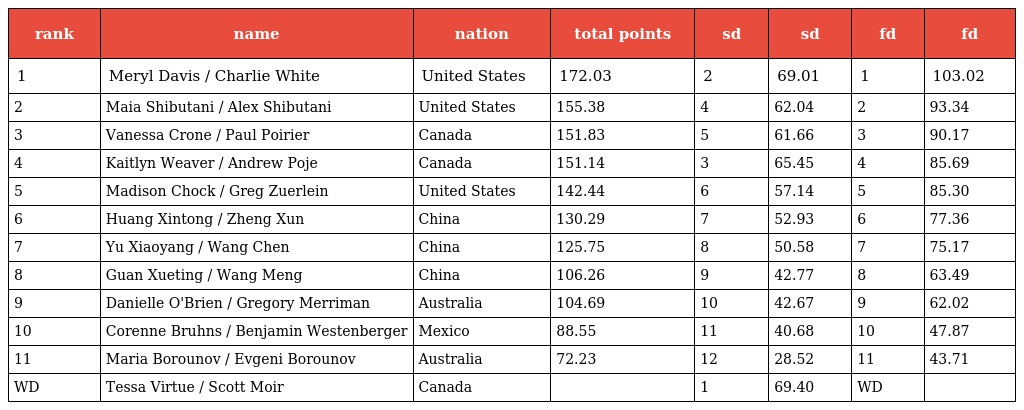
| rank | name | nation | total points | sd | sd | fd | fd |
 | --- | --- | --- | --- | --- | --- | --- | --- |
 | 1 | Meryl Davis / Charlie White | United States | 172.03 | 2 | 69.01 | 1 | 103.02 |
 | 2 | Maia Shibutani / Alex Shibutani | United States | 155.38 | 4 | 62.04 | 2 | 93.34 |
 | 3 | Vanessa Crone / Paul Poirier | Canada | 151.83 | 5 | 61.66 | 3 | 90.17 |
 | 4 | Kaitlyn Weaver / Andrew Poje | Canada | 151.14 | 3 | 65.45 | 4 | 85.69 |
 | 5 | Madison Chock / Greg Zuerlein | United States | 142.44 | 6 | 57.14 | 5 | 85.30 |
 | 6 | Huang Xintong / Zheng Xun | China | 130.29 | 7 | 52.93 | 6 | 77.36 |
 | 7 | Yu Xiaoyang / Wang Chen | China | 125.75 | 8 | 50.58 | 7 | 75.17 |
 | 8 | Guan Xueting / Wang Meng | China | 106.26 | 9 | 42.77 | 8 | 63.49 |
 | 9 | Danielle O'Brien / Gregory Merriman | Australia | 104.69 | 10 | 42.67 | 9 | 62.02 |
 | 10 | Corenne Bruhns / Benjamin Westenberger | Mexico | 88.55 | 11 | 40.68 | 10 | 47.87 |
 | 11 | Maria Borounov / Evgeni Borounov | Australia | 72.23 | 12 | 28.52 | 11 | 43.71 |
 | WD | Tessa Virtue / Scott Moir | Canada |  | 1 | 69.40 | WD |  |